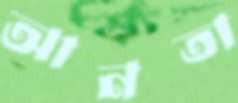
আনতা